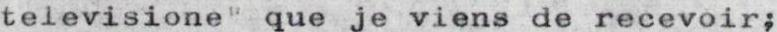
televisione" que je viens de recevoir;